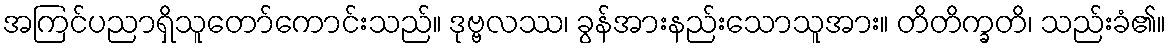
အကြင်ပညာရှိသူတော်ကောင်းသည်။ ဒုဗ္ဗလဿ၊ ခွန်အားနည်းသောသူအား။ တိတိက္ခတိ၊ သည်းခံ၏။